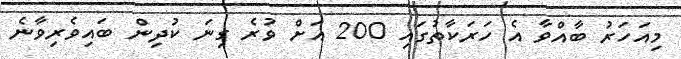
މިއަހަރު ބާއްވާ އެ ހަރަކާތުގައި 200 އަށް ވުރެ ގިނަ ކުދިން ބައިވެރިވާނެ